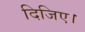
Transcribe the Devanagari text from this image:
दिजिए।